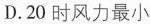
D.20时风力最小